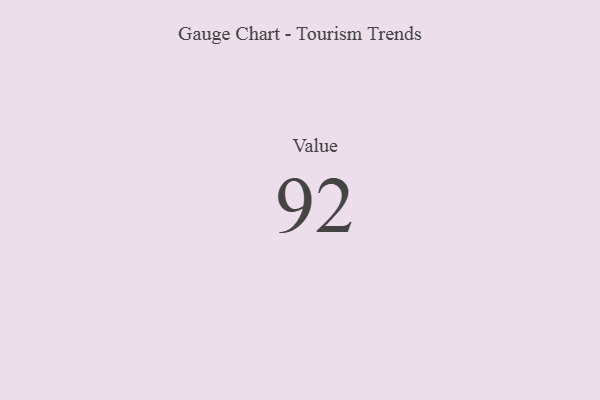
{"axis": {"x": "Metric", "y": "Value"}, "legend": [""], "data": [{"x": "Value", "y": 92, "type": ""}]}